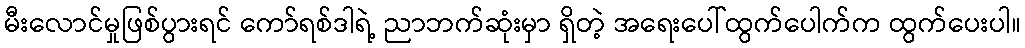
မီးလောင်မှုဖြစ်ပွားရင် ကော်ရစ်ဒါရဲ့ ညာဘက်ဆုံးမှာ ရှိတဲ့ အရေးပေါ်ထွက်ပေါက်က ထွက်ပေးပါ။